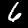
Digit: 6